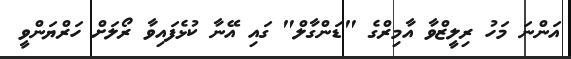
އަންނަ މަހު ރިލީޒްވާ އާމިރްގެ "ޑަންގާލް" ގައި އޭނާ ކުޅެފައިވާ ރޯލަށް ހަރްޔަންވީ